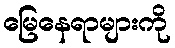
မြေနေရာများကို